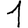
Digit: 1